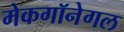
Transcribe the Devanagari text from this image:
मेकगॉनेगल